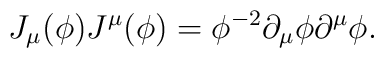
J_\mu (\phi )J^\mu (\phi )=\phi ^{-2}\partial _\mu \phi \partial^\mu \phi.